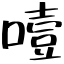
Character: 噎